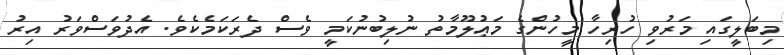
މިބަލީގައި މަރުވި ހުރިހާ މީހުންގެ މަޢުލޫމާތު ނުލިބުނުކަމީ ވެސް ދެރަކަމެކެވެ. އެދުވަސްވަރު އިރު